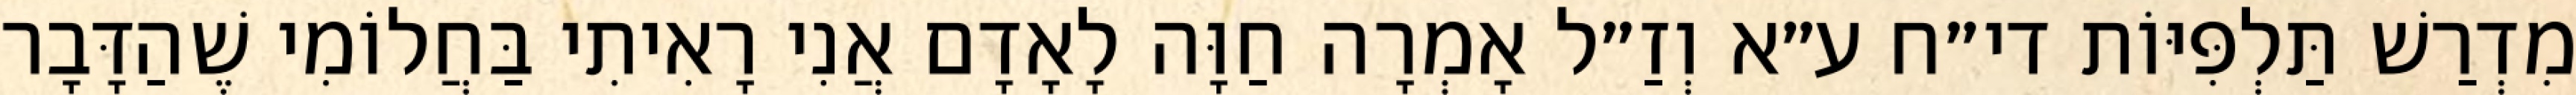
מִדְרַשׁ תַּלְפִּיּוֹת די״ח ע״א וְזַ״ל אָמְרָה חַוָּה לָאָדָם אֲנִי רָאִיתִי בַּחֲלוֹמִי שֶׁהַדָּבָר